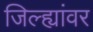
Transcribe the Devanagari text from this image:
जिल्ह्यांवर